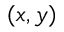
( x , y )